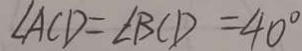
\angle A C D = \angle B C D = 4 0 ^ { \circ }